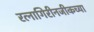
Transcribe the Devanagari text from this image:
रत्नागिरीनजीकच्या